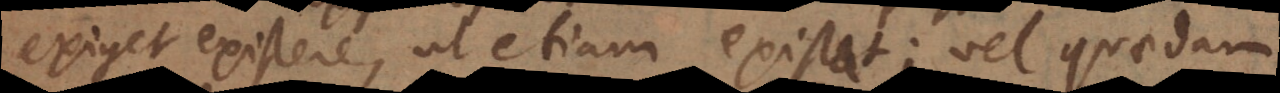
exiget existere, ut etiam existat; vel quaedam